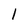
Character: l